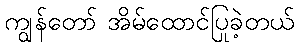
ကျွန်တော် အိမ်ထောင်ပြုခဲ့တယ်